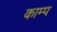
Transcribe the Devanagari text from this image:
काम्प